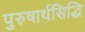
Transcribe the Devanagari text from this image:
पुरुषार्थसिद्धि